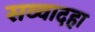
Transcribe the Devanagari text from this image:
सव्वादहा